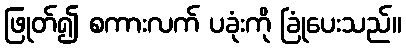
ဖြုတ်၍ စကားလက် ပခုံးကို ခြုံပေးသည်။